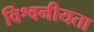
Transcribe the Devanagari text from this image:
विश्वनीयता